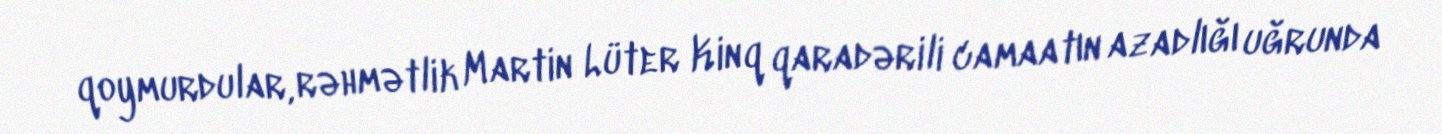
qoymurdular, rəhmətlik Martin Lüter Kinq qaradərili camaatın azadlığı uğrunda